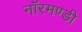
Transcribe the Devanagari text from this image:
नॉरमण्डी